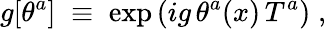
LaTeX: g[\theta^{a}]\; \equiv\; \exp\left(ig\, \theta^{a}(x)\, T^{a}\right)\; ,